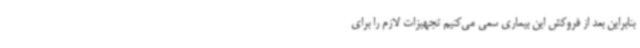
بنابراین بعد از فروکش این بیماری سعی می‌کنیم تجهیزات لازم را برای